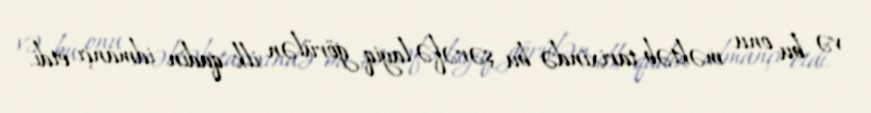
və bu onu məktəb tarixində bu şərəfə layiq görülən ilk qadın idmançı etdi.